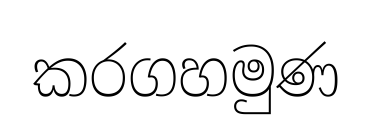
කරගහමුණ